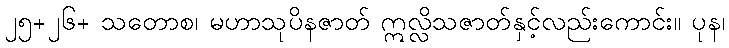
၂၅+၂၆+ သတောစ၊ မဟာသုပိနဇာတ် ဣလ္လိသဇာတ်နှင့်လည်းကောင်း။ ပုန၊